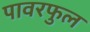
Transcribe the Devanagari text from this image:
पावरफुल